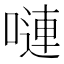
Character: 嗹